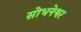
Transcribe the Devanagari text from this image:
सोभनेश्वर